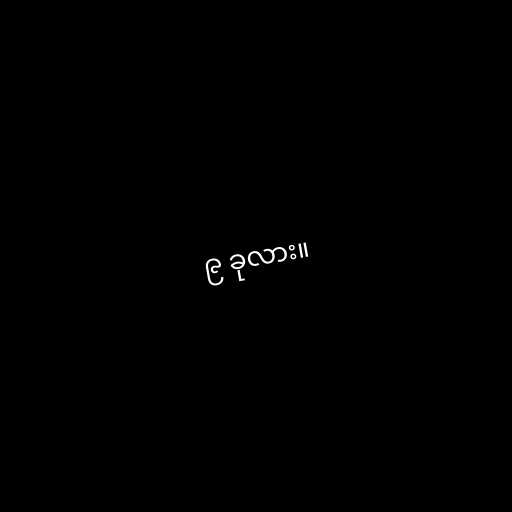
၉ ခုလား။